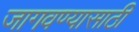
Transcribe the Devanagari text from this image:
जागवण्यासाठी